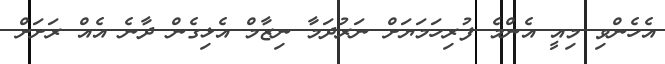
އެހެންވި މިއީ އެންމެ ފުރިހަމަޔަށް ނަރުދަމާ ނިޒާމް އެޅިގެން ދާނެ އެއް ރަށަށް